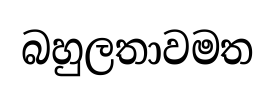
බහුලතාවමත